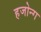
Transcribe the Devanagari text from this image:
हजोन्ग